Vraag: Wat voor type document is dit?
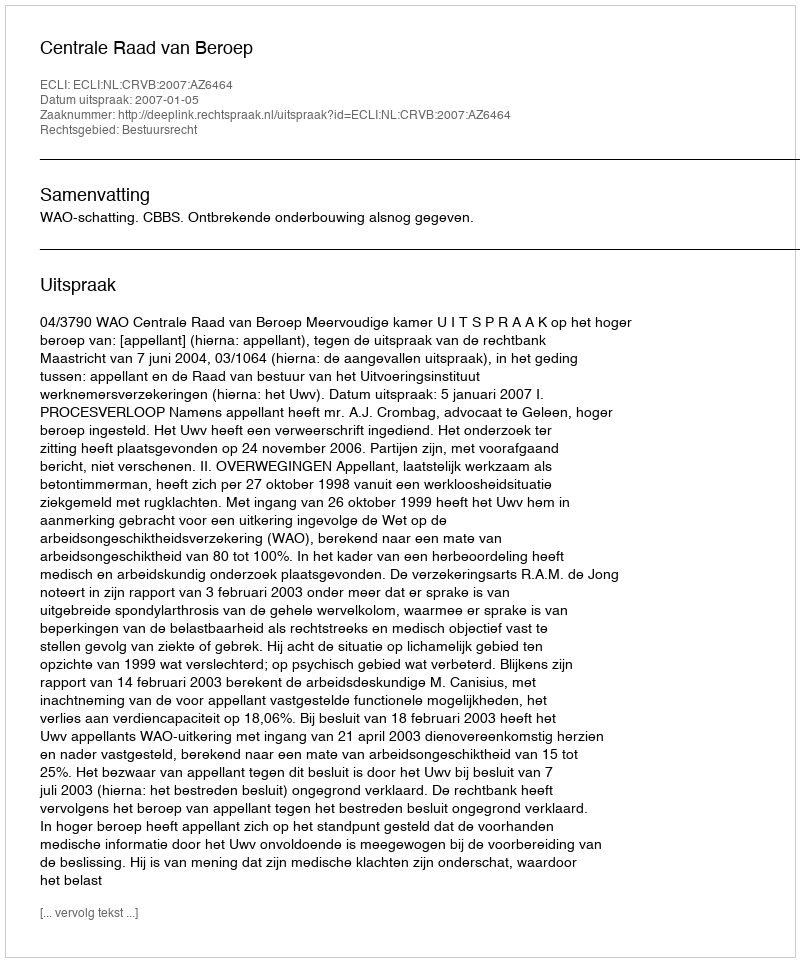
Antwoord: Uitspraak